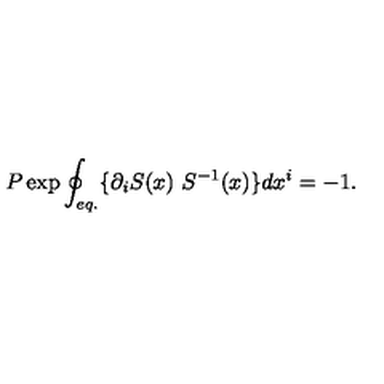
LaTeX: P \exp \oint _ { e q . } \{ \partial _ { i } S ( x ) \ S ^ { - 1 } ( x ) \} d x ^ { i } = - 1 .